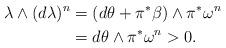
LaTeX: \begin{align*}\lambda\wedge (d\lambda)^{n}&=(d\theta+\pi^{*}\beta)\wedge \pi^{*}\omega^{n} \\&=d\theta\wedge\pi^{*}\omega^{n}>0.\end{align*}